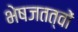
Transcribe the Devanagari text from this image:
भेषजतत्वों